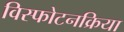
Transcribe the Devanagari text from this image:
विस्फोटनक्रिया